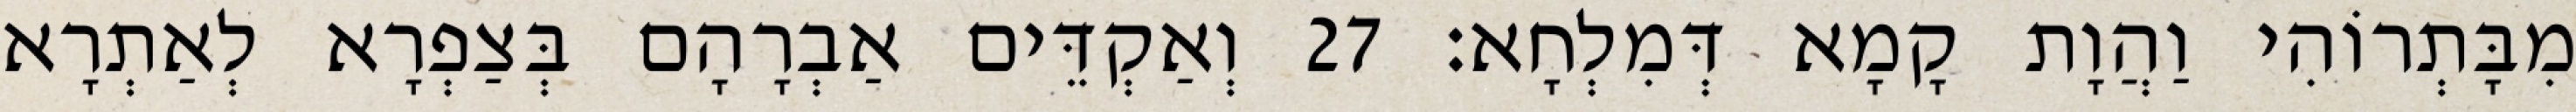
מִבָּתְרוֹהִי וַהֲוָת קָמָא דְּמִלְחָא׃ 27 וְאַקְדֵּים אַבְרָהָם בְּצַפְרָא לְאַתְרָא